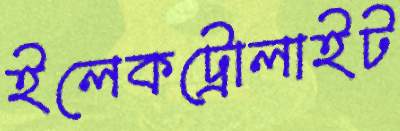
ইলেকট্রোলাইট